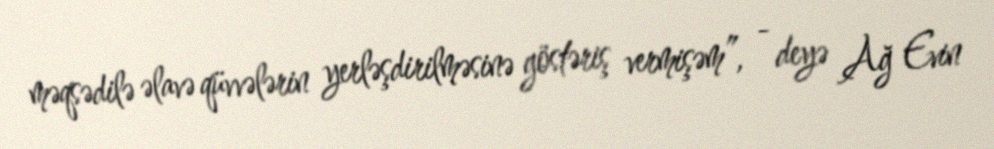
məqsədilə əlavə qüvvələrin yerləşdirilməsinə göstəriş vermişəm”, - deyə Ağ Evin